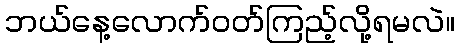
ဘယ်နေ့လောက်ဝတ်ကြည့်လို့ရမလဲ။